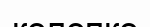
келепке